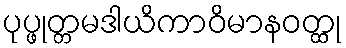
ပုပ္ဖုတ္တမဒါယိကာဝိမာနဝတ္ထု